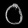
Digit: ၀